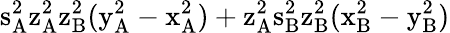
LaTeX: \mathrm{s_{A}^{2}\mathrm{z_{A}^{2}\mathrm{z_{B}^{2}(\mathrm{y_{A}^{2}-\mathrm{x_{A}^{2})+\mathrm{z_{A}^{2}\mathrm{s_{B}^{2}\mathrm{z_{B}^{2}(\mathrm{x_{B}^{2}-\mathrm{y_{B}^{2})}}}}}}}}}}